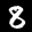
Label: 8